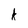
Character: k